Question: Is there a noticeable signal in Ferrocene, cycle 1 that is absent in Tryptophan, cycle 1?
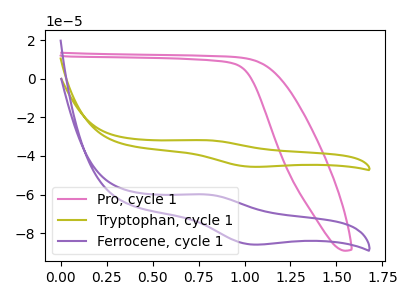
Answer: <think>The pink curve "Pro, cycle 1" has no peaks. The olive curve "Tryptophan, cycle 1" has an anodic peak at (0.80V, -31.80uA) and a cathodic peak at (1.05V, -45.55uA). The purple curve "Ferrocene, cycle 1" has an anodic peak at (0.80V, -59.90uA) and a cathodic peak at (1.05V, -85.80uA).
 All the peaks in "Ferrocene, cycle 1" have a peak in "Tryptophan, cycle 1" at the same potential.</think>
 <answer>No, "Ferrocene, cycle 1" and "Tryptophan, cycle 1" don't appear to be significantly different in shape</answer>
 <eval>no_change</eval>